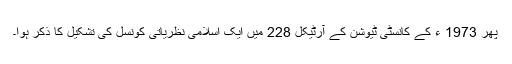
پھر 1973 ء کے کانسٹی ٹیوشن کے آرٹیکل 228 میں ایک اسلامی نظریاتی کونسل کی تشکیل کا ذکر ہوا۔